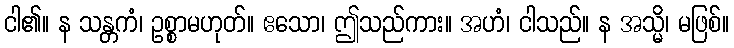
ငါ၏။ န သန္တကံ၊ ဥစ္စာမဟုတ်။ ဧသော၊ ဤသည်ကား။ အဟံ၊ ငါသည်။ န အသ္မိ၊ မဖြစ်။